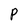
Character: P